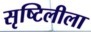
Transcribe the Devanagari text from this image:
सृष्टिलीला